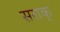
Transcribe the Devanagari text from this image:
सराक्